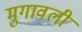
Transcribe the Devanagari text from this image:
मुगावली